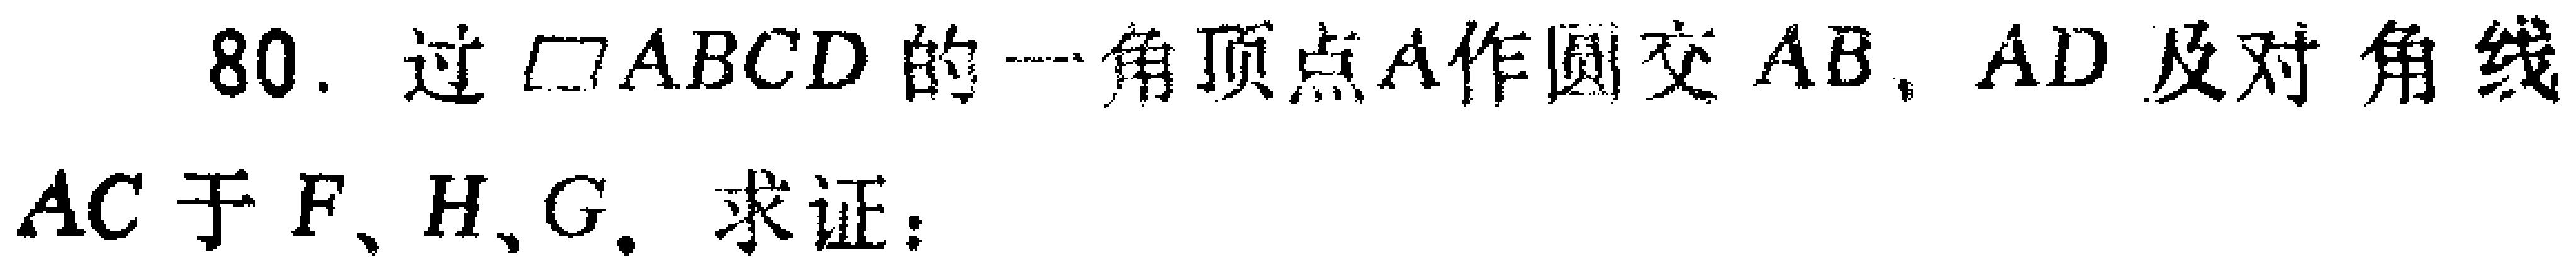
80. 过$\square ABCD$的一角顶点$A$作圆交$AB$，$AD$及对角线$AC$于$F$、$H$、$G$. 求证：